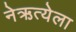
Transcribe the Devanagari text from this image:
नेऋत्येला